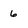
Character: 6